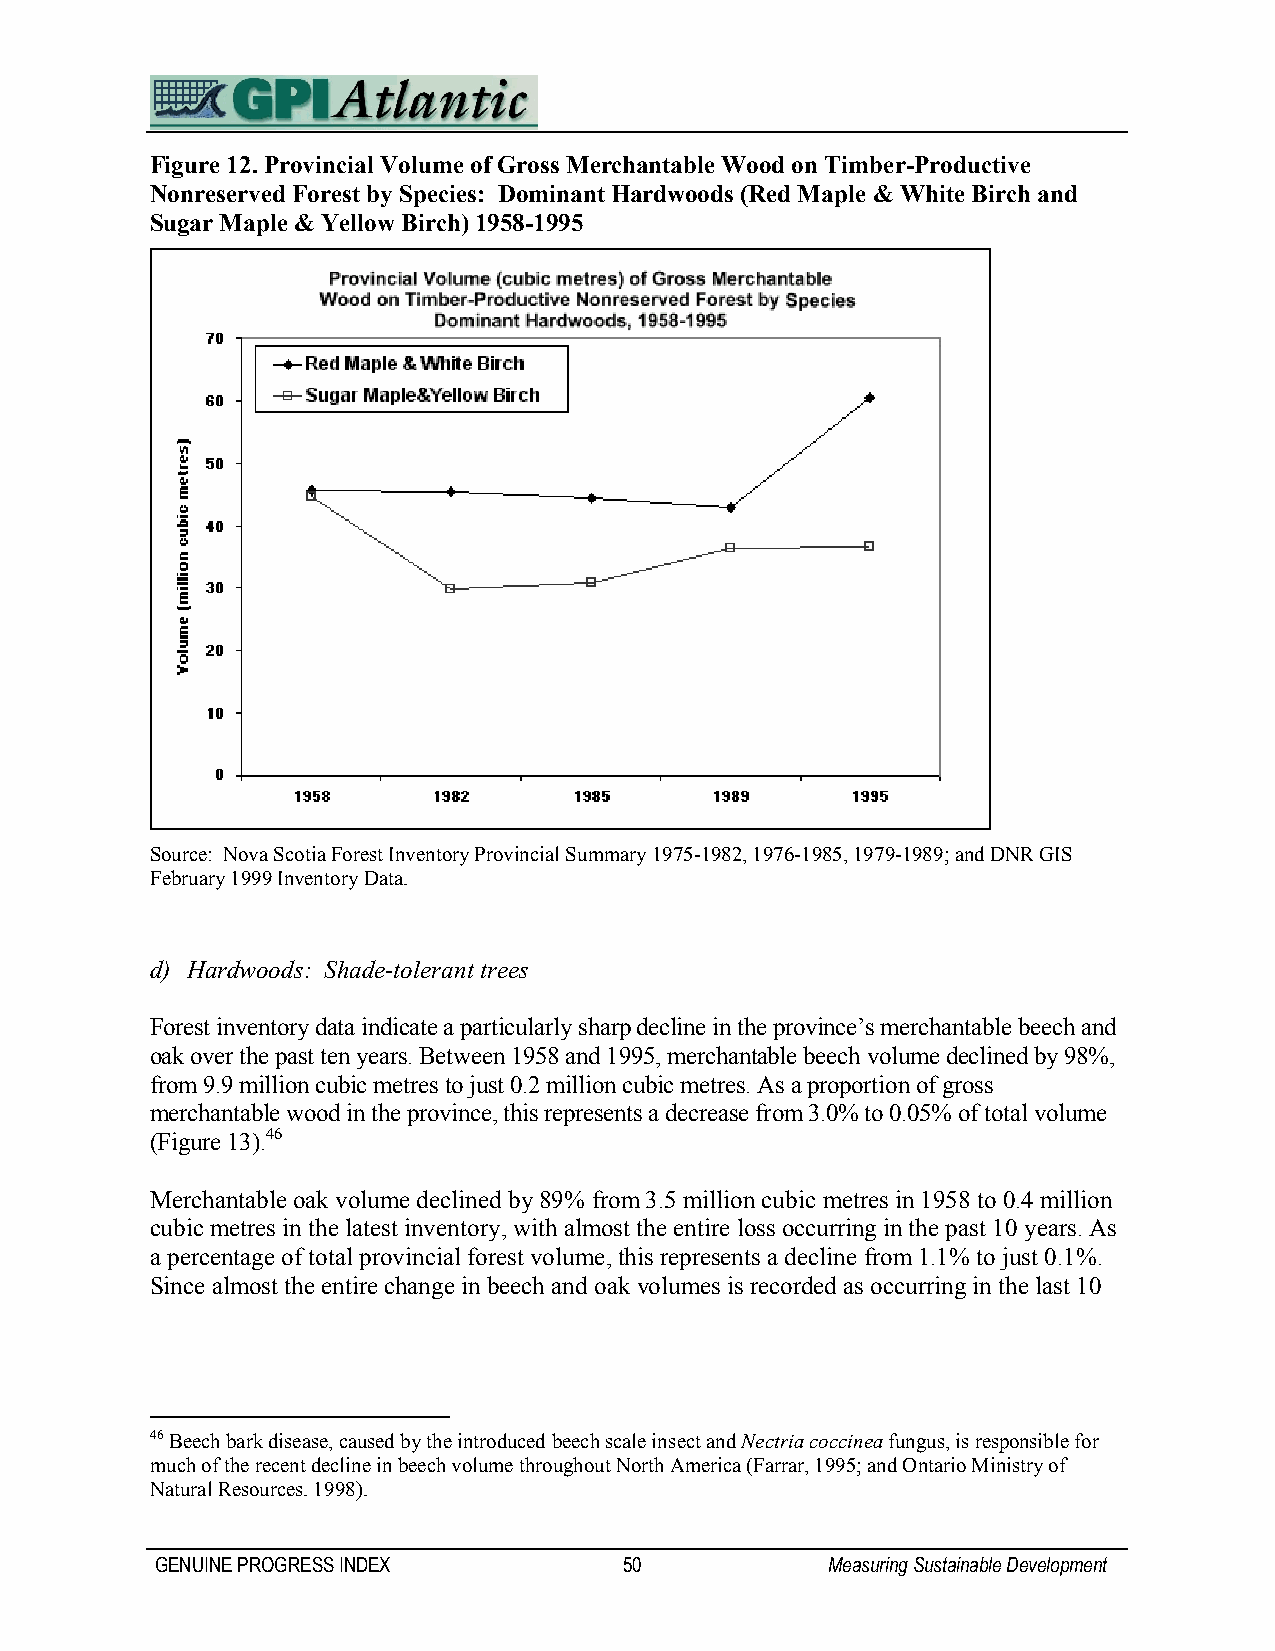
Figure 12. Provincial Volume of Gross Merchantable Wood on Timber-Productive
 Nonreserved Forest by Species: Dominant Hardwoods (Red Maple & White Birch and
 Sugar Maple & Yellow Birch) 1958-1995
 Source: Nova Scotia Forest Inventory Provincial Summary 1975-1982, 1976-1985, 1979-1989; and DNR GIS
 February 1999 Inventory Data.
 d) Hardwoods: Shade-tolerant trees
 Forest inventory data indicate a particularly sharp decline in the province’s merchantable beech and
 oak over the past ten years. Between 1958 and 1995, merchantable beech volume declined by 98%,
 from 9.9 million cubic metres to just 0.2 million cubic metres. As a proportion of gross
 merchantable wood in the province, this represents a decrease from 3.0% to 0.05% of total volume
 (Figure 13).46
 Merchantable oak volume declined by 89% from 3.5 million cubic metres in 1958 to 0.4 million
 cubic metres in the latest inventory, with almost the entire loss occurring in the past 10 years. As
 a percentage of total provincial forest volume, this represents a decline from 1.1% to just 0.1%.
 Since almost the entire change in beech and oak volumes is recorded as occurring in the last 10
 46 Beech bark disease, caused by the introduced beech scale insect and Nectria coccinea fungus, is responsible for
 much of the recent decline in beech volume throughout North America (Farrar, 1995; and Ontario Ministry of
 Natural Resources. 1998).
 GENUINE PROGRESS INDEX         50            Measuring Sustainable Development